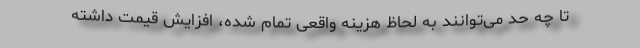
تا چه حد می‌توانند به لحاظ هزینه واقعی تمام شده، افزایش قیمت داشته